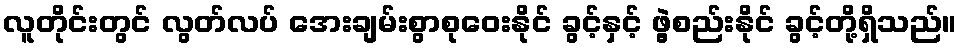
လူတိုင်းတွင် လွတ်လပ် အေးချမ်းစွာစုဝေးနိုင် ခွင့်နှင့် ဖွဲ့စည်းနိုင် ခွင့်တို့ရှိသည်။